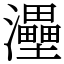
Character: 灅